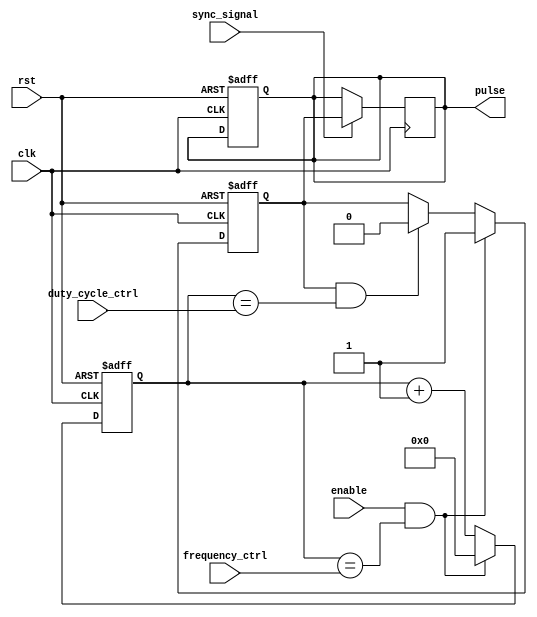
module Programmable_Pulse_Generator(
    input wire clk,
    input wire rst,
    input wire enable,
    input wire [15:0] frequency_ctrl,
    input wire [15:0] duty_cycle_ctrl,
    input wire sync_signal,
    output reg pulse
);

reg [15:0] counter;
reg pulse_out;

always @(posedge clk or posedge rst) begin
    if (rst) begin
        counter <= 0;
        pulse_out <= 0;
        pulse <= 0;
    end else begin
        if (enable && counter == frequency_ctrl) begin
            pulse_out <= 1;
            counter <= 0;
        end else begin
            if (pulse_out && counter == duty_cycle_ctrl) begin
                pulse_out <= 0;
            end
            counter <= counter + 1;
        end
    end
end

always @(posedge clk) begin
    if (sync_signal) begin
        pulse <= pulse_out;
    end
end

endmodule